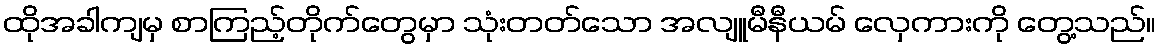
ထိုအခါကျမှ စာကြည့်တိုက်တွေမှာ သုံးတတ်သော အလျူမီနီယမ် လှေကားကို တွေ့သည်။